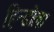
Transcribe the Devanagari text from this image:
हिन्डोला